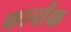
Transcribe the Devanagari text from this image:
कार्नाक